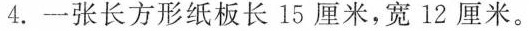
4. 一张长方形纸板长15厘米，宽12厘米。